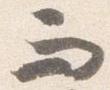
而